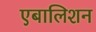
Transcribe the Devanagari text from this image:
एबालिशन